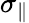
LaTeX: \sigma_{\parallel}